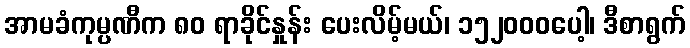
အာမခံကုမ္ပဏီက ၈၀ ရာခိုင်နှုန်း ပေးလိမ့်မယ်၊ ၁၅၂၀၀၀ပေါ့၊ ဒီစာရွက်